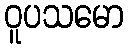
ဝူပသမော